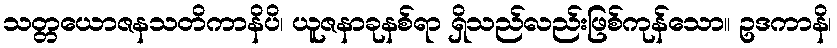
သတ္တယောဇနသတိကာနိပိ၊ ယူဇနာခုနစ်ရာ ရှိသည်လည်းဖြစ်ကုန်သော။ ဥဒကာနိ၊